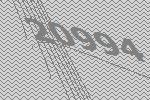
20994